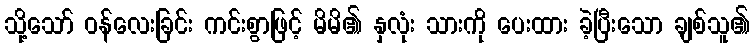
သို့သော် ဝန်လေးခြင်း ကင်းစွာဖြင့် မိမိ၏ နှလုံး သားကို ပေးထား ခဲ့ပြီးသော ချစ်သူ၏